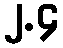
၂.၄